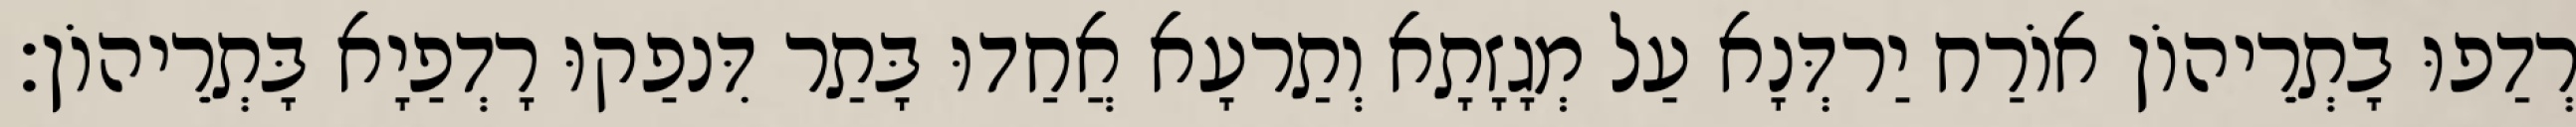
רְדַפוּ בָתְרֵיהוֹן אוֹרַח יַרדְּנָא עַל מְגָזָתָא וְתַרעָא אֲחַדוּ בָּתַר דִּנפַקוּ רָדְפַיָא בָּתְרֵיהוֹן׃